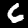
Digit: 6